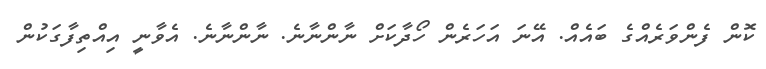
ކޮން ފެންވަރެއްގެ ބައެއް. އޭނަ އަހަރެން ހޯދާކަށް ނާންނާނެ. ނާންނާނެ. އެވާނީ އިއްތިފާގަކުން